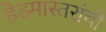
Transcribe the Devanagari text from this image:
हेडमास्तरांची